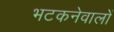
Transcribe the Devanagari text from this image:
भटकनेवालों